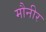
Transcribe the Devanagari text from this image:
मौनीर